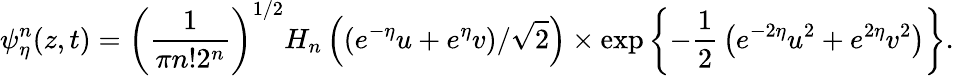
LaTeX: \psi_{\eta}^{n}(z,t)=\left({\frac{1}{\pi n!2^{n}}}\right)^{1/2}H_{n}\left((e^{-\eta}u+e^{\eta}v)/\sqrt{2}\right)\times\exp\left\{ -{\frac{1}{2}}\left(e^{-2\eta}u^{2}+e^{2\eta}v^{2}\right)\right\} .